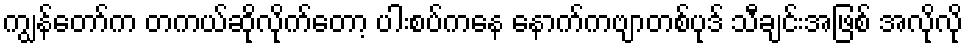
ကျွန်တော်က တကယ်ဆိုလိုက်တော့ ပါးစပ်ကနေ နောက်ကဗျာတစ်ပုဒ် သီချင်းအဖြစ် အလိုလို